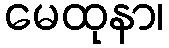
မေထုနာ၊